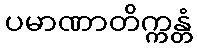
ပမာဏာတိက္ကန္တံ